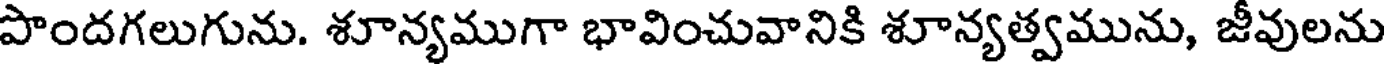
పొందగలుగును. శూన్యముగా భావించువానికి శూన్యత్వమును, జీవులను